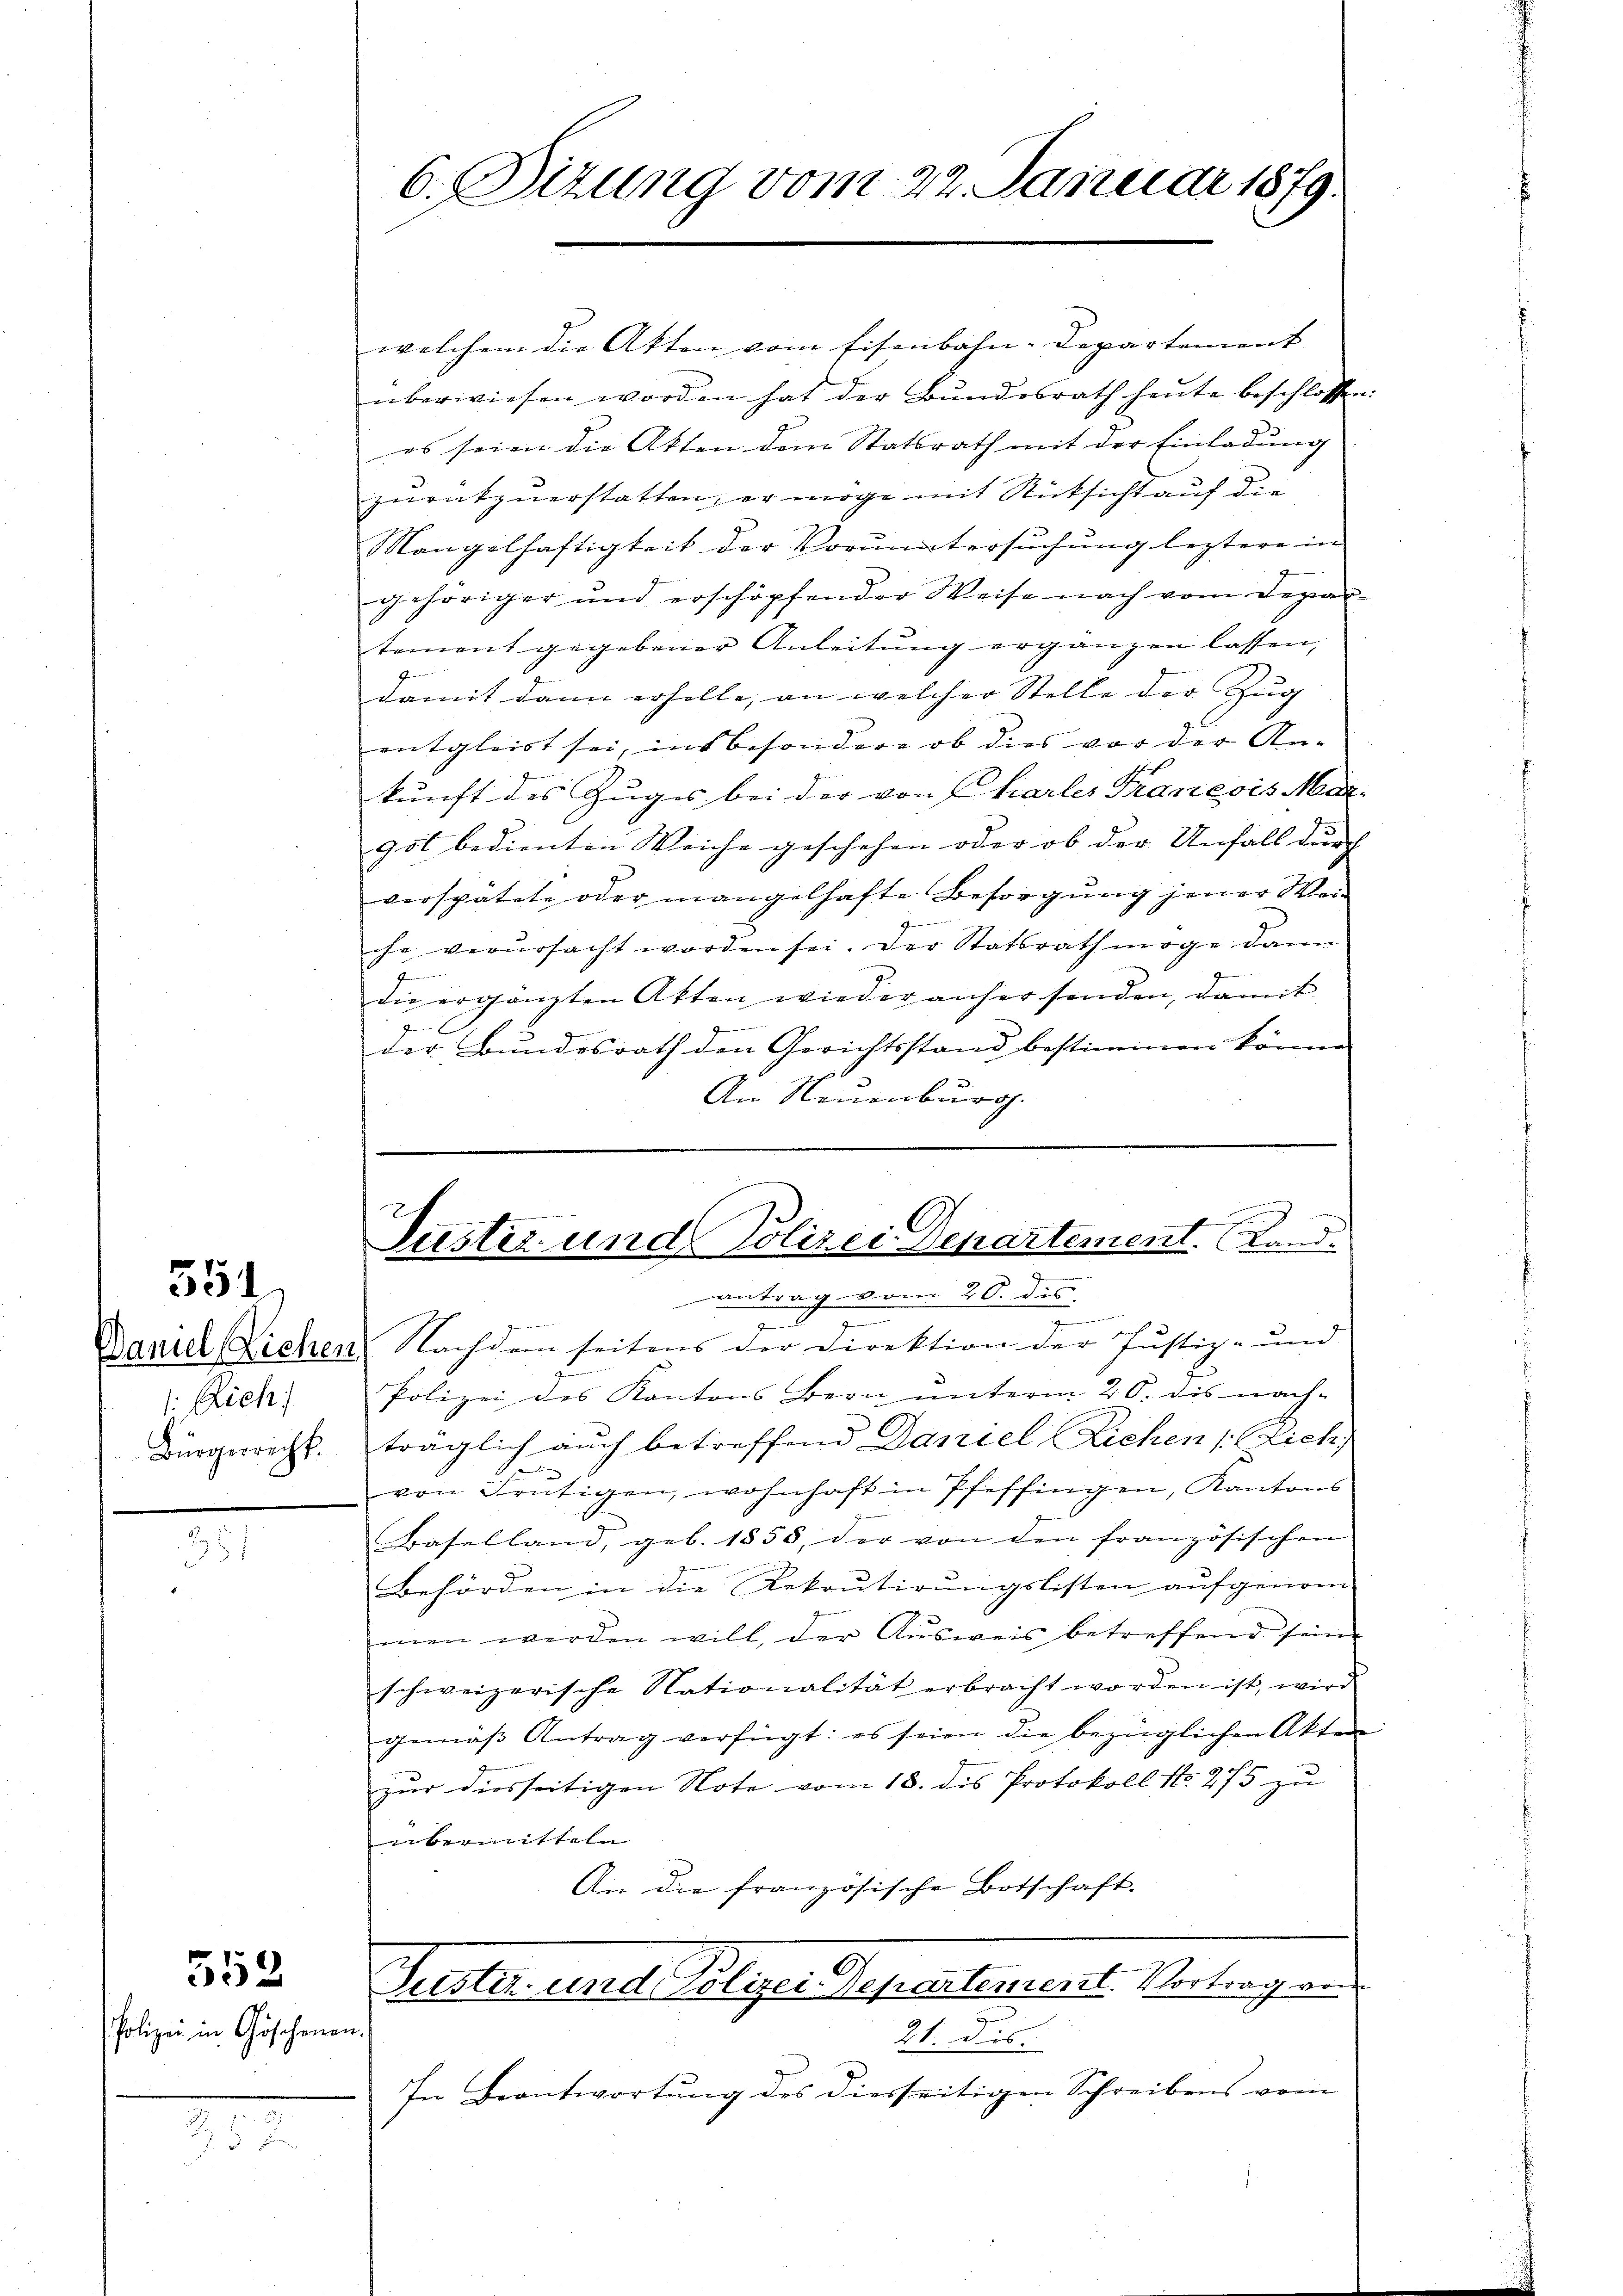
351

: ich
Bürgerricht.

251

Polizei in Göschenen.

552.

33

6. Sizung vom 22. Januar 1879.

2

Justiz und Polizei Departement. Lande
antrag vom 28. dis

welchem die Akten vom Eisenbahn-Departement |
überwiesen worden hat der Bŭndesrath heŭte beschlossen:
es seien die Akten dem Statsrath mit der Einladung
zurückzuerstatten, er möge mit Rücksicht auf die
Mangelhaftigkeit der Voruntersuchung leztere in
gehöriger und erschöpfender Weise nach vom Depar-
tement gegebener Anleitung ergänzen lassen,
damit dann erholte, an welcher Stelle der Zug |
entgleist sei, insbesondere ob dies vor der An-
kunft des Zuges bei der von Chartes Francois Margot bedienten Weiche geschehen oder ob der Unfall durch |
verspätete oder mangelhafte Besorgŭng jener Wei
-
che verŭrsacht worden sei. Der Statsrath möge dann
die ergänzten Akten wieder anher senden, damit
d
der Bundesrath den Gerichtsstand bestimmen können.
An Neuenburg.
.
e
Daniel Eichen, Nachdem seitens der Direktion der Justiz- und
Polizei des Kantons Bern unterm 20. dis nach-
träglich auch betreffend Daniel Eichen Zich
von Frutigen, wohnhaft in Pfeffingen, Kantons
Baselland, geb. 1855, der von den französischen
Behörden in die Rekrutirŭngslisten aŭfgenom-
men werden will, der Ausweis betreffend sein
schweizerische Nationalität erbracht worden ist, wird
gemäβ Antrag verfügt: es seien die bezüglichen Akten
zur diesseitigen Note vom 18. des Protokoll No. 275 zu
bermitteln
An die französische Botschaft.
Puster- und Polizei Departement. Vortrag von
21. Dies.
In Beantwortung des diesseitigen Schreibens vom